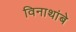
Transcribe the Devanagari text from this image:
विनाथांबे